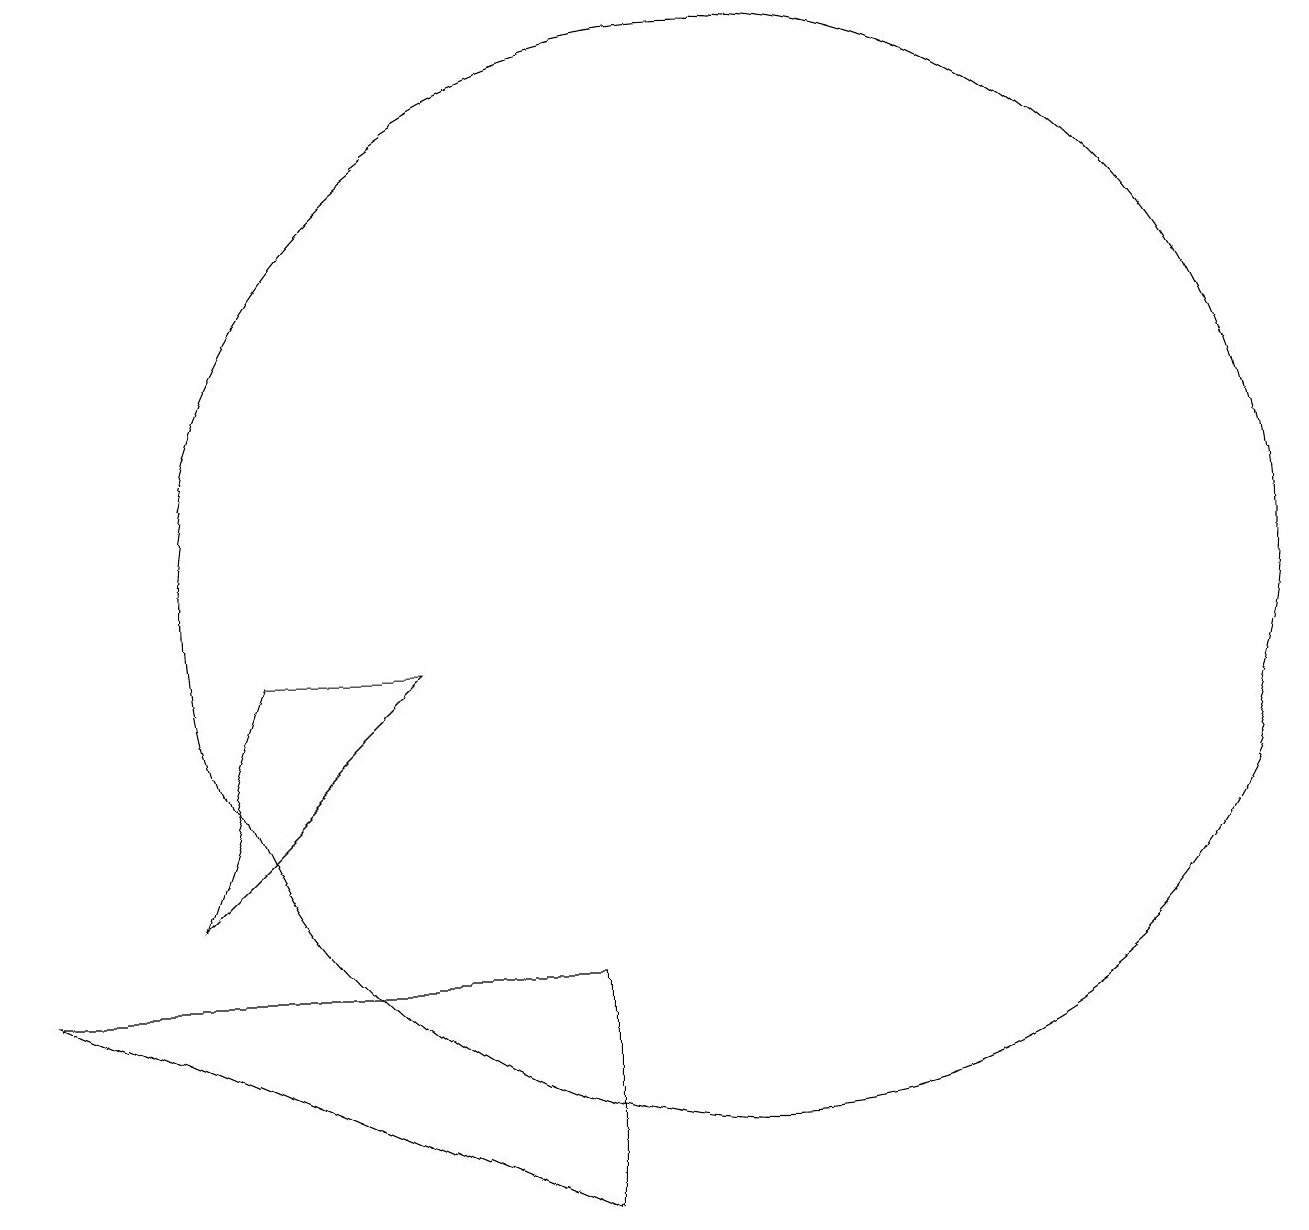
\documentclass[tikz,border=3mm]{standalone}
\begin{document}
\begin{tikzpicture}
\draw (3,6) -- (4,9) -- (6,9) -- cycle;
\draw (8,5) -- (8,2) -- (1,5) -- cycle;
\draw (10,10) circle (7);
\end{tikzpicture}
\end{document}